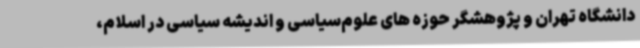
دانشگاه تهران و پژوهشگر حوزه های علوم‌سیاسی و اندیشه سیاسی در اسلام،